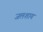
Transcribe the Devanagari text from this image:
जलशाय